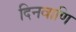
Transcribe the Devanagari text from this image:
दिनवाणि